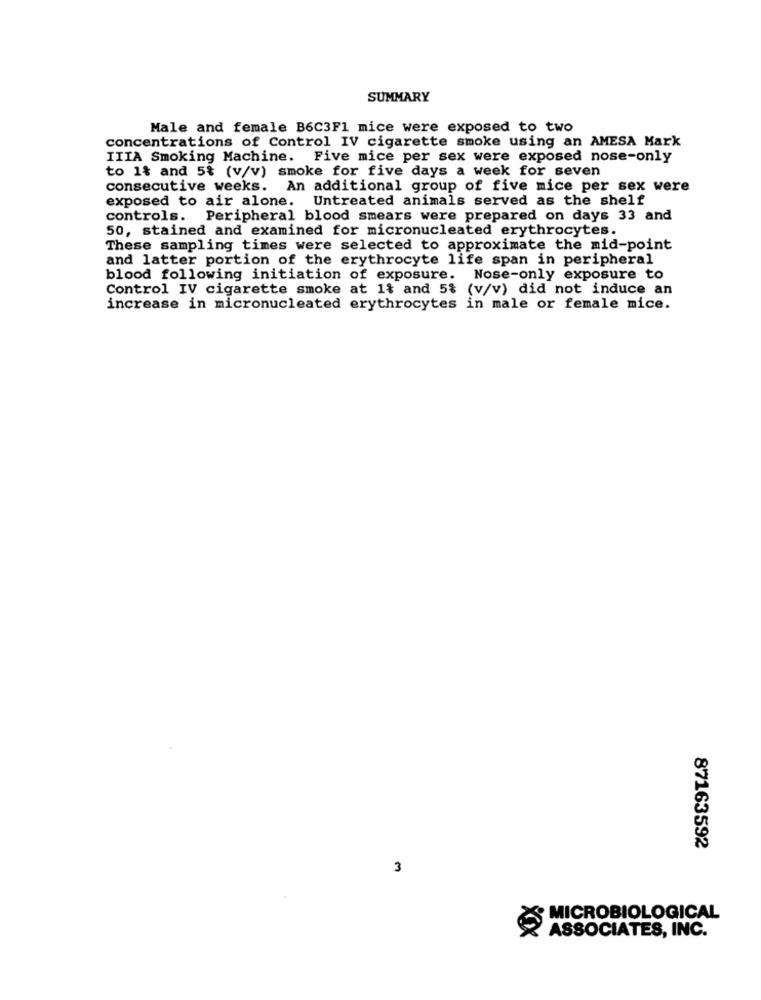
SUMMARY
Male and female B6C3F1 mice were exposed to two
concentrations of Control IV cigarette smoke using an AMESA Mark
IIIA Smoking Machine. Five mice per sex were exposed nose-only
to 1& and 5% (v/v) smoke for five days a week for seven
consecutive weeks. An additional group of five mice per sex were
exposed to air alone. Untreated animals served as the shelf
controls. Peripheral blood smears were prepared on days 33 and
50, stained and examined for micronucleated erythrocytes.
These sampling times were selected to approximate the mid-point
and latter portion of the erythrocyte life span in peripheral
blood following initiation of exposure. Nose-only exposure to
Control IV cigarette smoke at 1% and 5% (v/v) did not induce an
increase in micronucleated erythrocytes in male or female mice.
87163592
3
S MICROBIOLOGICAL
ASSOCIATES, INC.